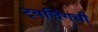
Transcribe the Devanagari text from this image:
ट्वर्लिंगची